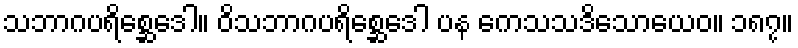
သဘာဂပရိစ္ဆေဒေါ။ ဝိသဘာဂပရိစ္ဆေဒေါ ပန ကေသသဒိသောယေဝ။ ၁၈၇။